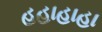
હહાહાહા